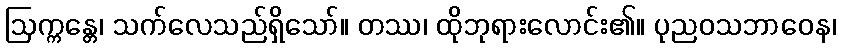
ဩက္ကန္တေ၊ သက်လေသည်ရှိသော်။ တဿ၊ ထိုဘုရားလောင်း၏။ ပုညဝသဘာဝေန၊